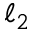
\ell _ { 2 }